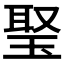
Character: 𤦟